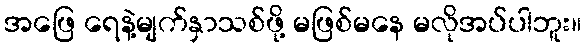
အဖြေ ရေနဲ့မျက်နှာသစ်ဖို့ မဖြစ်မနေ မလိုအပ်ပါဘူး။